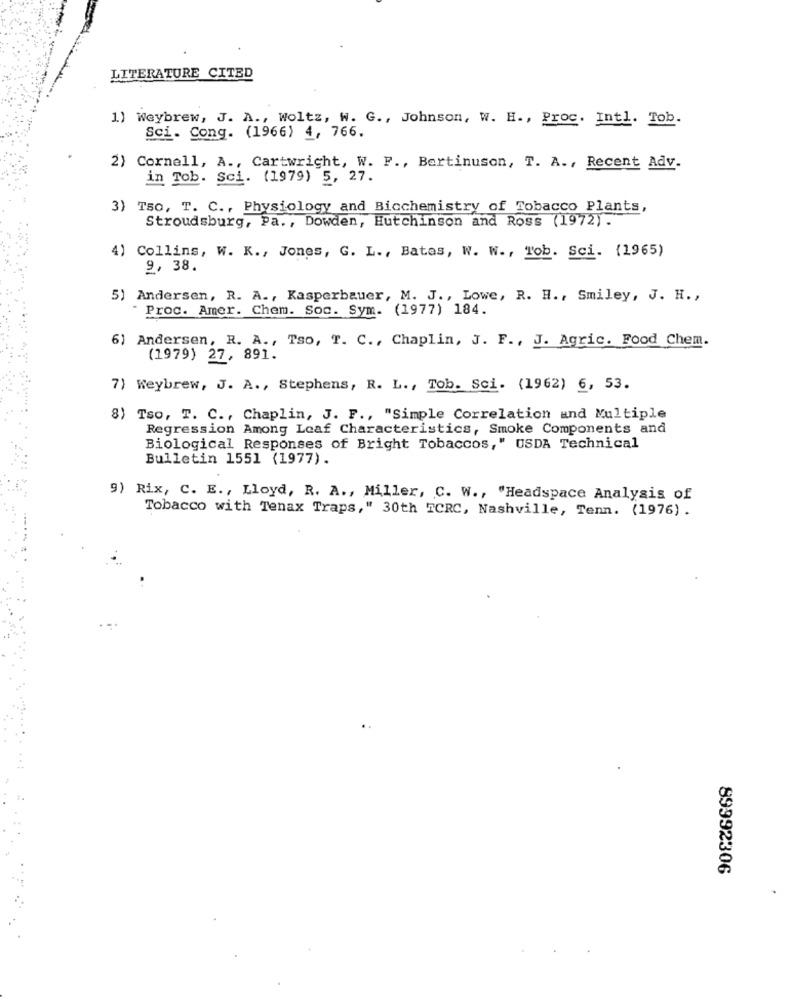
LITERATURE CITED
1) Weybrew, J. A ., Woltz, W. G ., Johnson, W. H ., Proc. Intl. Tob.
Sci. Cong. (1966) 4, 766.
2) Cornell, A ., Cartwright, W. F ., Bertinuson, T. A ., Recent Adv.
in Tob. Sci. (1979) 5, 27.
3) TS0, T. C ., Physiology and Biochemistry of Tobacco Plants,
Stroudsburg, Pa ., Dowden, Hutchinson and Ross (1972).
4) Collins, W. K ., Jones, G. L ., Batas, W. W ., Tob. Sci. (1965)
9, 38.
5) Andersen, R. A ., Kasperbauer, M. J ., Lowe, R. H ., Smiley, J. H .,
Proc. Amer. Chem. Soc. Sym. (1977) 184.
6) Andersen, R. A ., Tso, T. C ., Chaplin, J. F ., J. Agric. Food Chem.
(1979) 27, 891.
7) Weybrew, J. A ., Stephens, R. L ., Tob. Sci. (1962) 6, 53.
8) Tso, T. C ., Chaplin, J. F ., "Simple Correlation and Multiple
Regression Among Leaf Characteristics, Smoke Components and
Biological Responses of Bright Tobaccos," USDA Technical
Bulletin 1551 (1977).
9) Rix, C. E ., Lloyd, R. A ., Miller, C. W ., "Headspace Analysis of
Tobacco with Tenax Traps," 30th TCRC, Nashville, Tenn. (1976) .
89992306